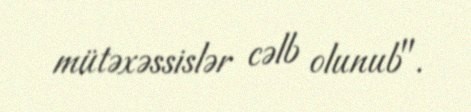
mütəxəssislər cəlb olunub".